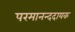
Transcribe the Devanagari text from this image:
परमानन्ददायक